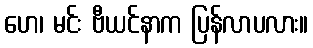
ဟေ၊ မင်း ဗီယင်နာက ပြန်လာပလား။